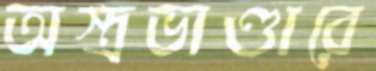
অস্ত্রভাণ্ডারে